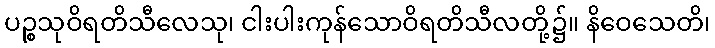
ပဉ္စသုဝိရတိသီလေသု၊ ငါးပါးကုန်သောဝိရတိသီလတို့၌။ နိဝေသေတိ၊